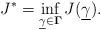
LaTeX: \begin{align*}J^* = \inf_{\underline{\gamma} \in {\bf \Gamma} } J(\underline{\gamma}). \end{align*}